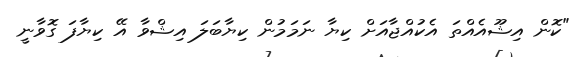
"ކޮން އިޝޫއެއްތަ އެކުއްޖާއަށް ކިޔާ ނަމަމުން ކިޔާބަލަ އިޝްވާ އޭ ކިޔާފަ ގޮވާނީ